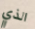
الذي